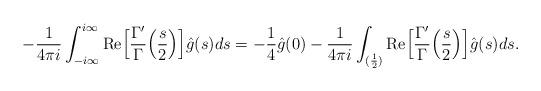
LaTeX: \begin{align*}-\frac{1}{4\pi i}\int^{i\infty}_{-i\infty}\mathrm{Re}\Big[\frac{\Gamma'}{\Gamma}\Big(\frac{s}{2}\Big)\Big]\hat{g}(s)ds=-\frac14\hat{g}(0)-\frac{1}{4\pi i}\int_{(\frac12)}\mathrm{Re}\Big[\frac{\Gamma'}{\Gamma}\Big(\frac{s}{2}\Big)\Big]\hat{g}(s)ds.\end{align*}